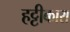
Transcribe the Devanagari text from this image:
हट्टीकारा